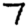
Digit: 7